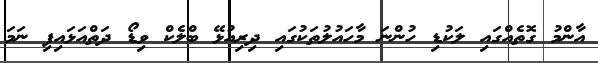
އާންމު ގޮތެއްގައި ލަކުޑި ހުންނަ މާހައުލުތަކުގައި ދިރިއުޅޭ ބްލެކް ވިޑޯ ދަތްއަޅައިފި ނަމަ